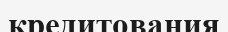
кредитования